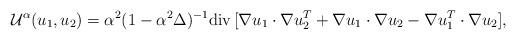
LaTeX: \begin{align*}\mathcal{U}^\alpha(u_1,u_2) = \alpha^2 (1-\alpha^2 \Delta)^{-1} \mathrm{div}\,[\nabla u_1\cdot \nabla u_2^T + \nabla u_1\cdot \nabla u_2 - \nabla u_1^T\cdot\nabla u_2],\end{align*}